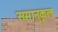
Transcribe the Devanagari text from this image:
समानुकूल